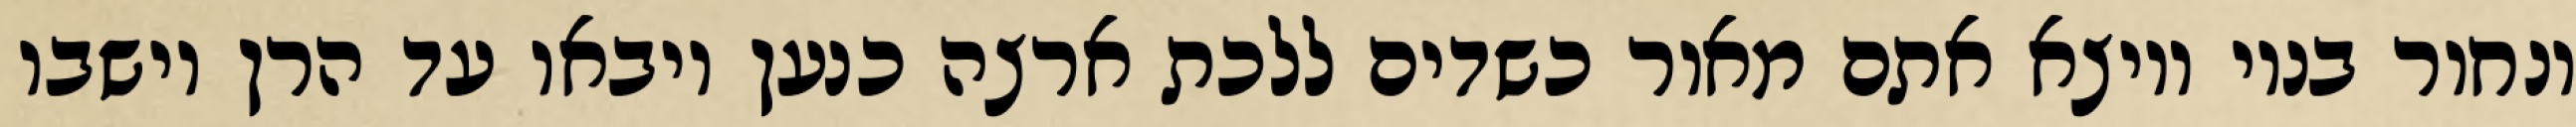
ונחור בניו ויוצא אתם מאור כשדים ללכת ארצה כנען ויבאו עד הרן וישבו